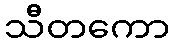
သီတကော